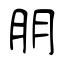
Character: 朋